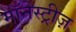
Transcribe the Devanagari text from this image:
मॉनेस्ट्रीज़